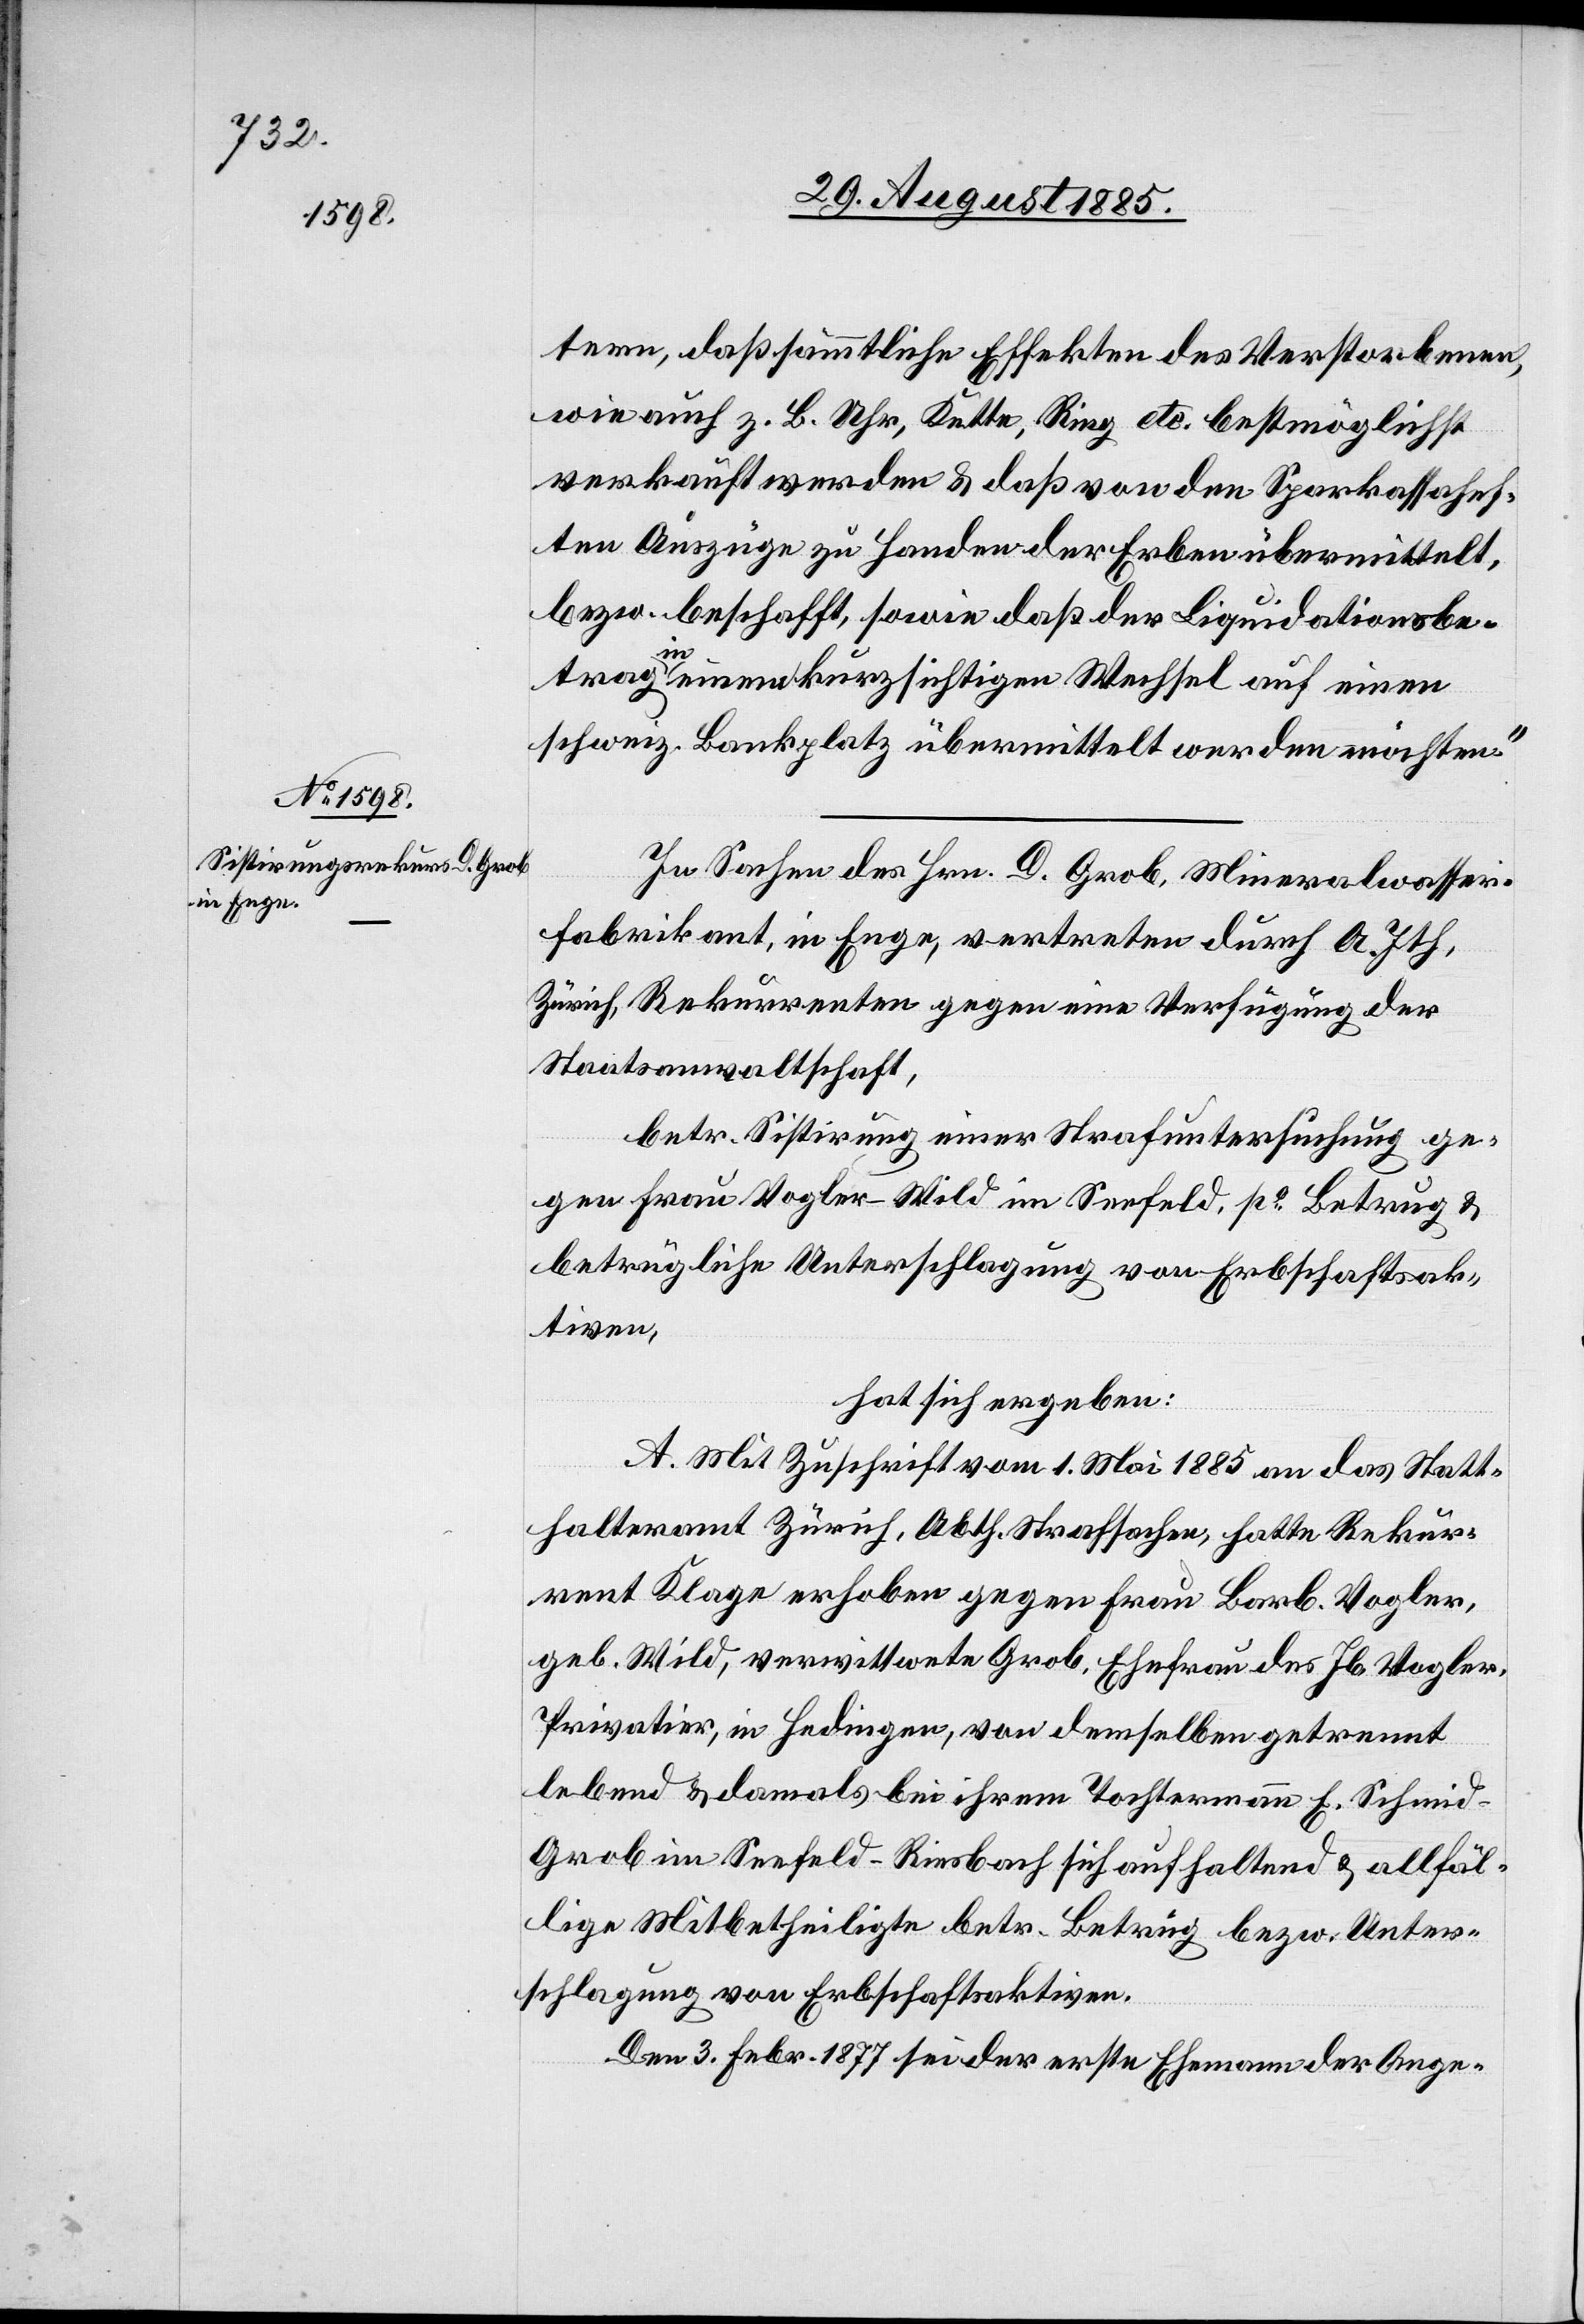
tern, daß sämmtliche Effekten des Verstorbenen
wie auch z. B. Uhr, Kette, Ring etc. bestmöglichst
verkauft werden & daß von den Sparkassahef¬
ten Auszüge zu Handen der Erben übermittelt
bezw. beschafft, sowie daß der Liquidationsbe¬
trag in einem kurzsichtigen Wechsel auf einen
schweiz. Bankplatz übermittelt werden möchten.“
In Sachen des Hrn. D. Grob, Mineralwasser¬
fabrikant, in Enge, vertreten durch A. Ith,
Zürich, Rekurrenten gegen eine Verfügung der
Staatsanwaltschaft,
betr. Sistirung einer Strafuntersuchung ge¬
gen Frau Vogler-Wild im Seefeld, po Betrug &
betrügliche Unterschlagung von Erbschaftsak¬
tiven,
hat sich ergeben:
A. Mit Zuschrift vom 1. Mai 1885 an das Statt¬
halteramt Zürich, Abth. Strafsachen, hatte Rekur¬
rent Klage erhoben gegen Frau Barb. Vogler,
geb. Wild, verwittwete Grob, Ehefrau des Jb. Vogler,
Privatier, in Hedingen, von demselben getrennt
lebend & damals bei ihrem Tochtermann E. Schmid-G¬
rob im Seefeld - Riesbach sich aufhaltend & allfäl¬
lige Mitbetheiligte betr. Betrug bezw. Unter¬
schlagung von Erbschaftsaktiven.
Den 3. Febr. 1877 sei der erste Ehemann der Ange-